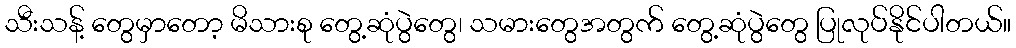
သီးသန့် တွေမှာတော့ မိသားစု တွေ့ဆုံပွဲတွေ၊ သမားတွေအတွက် တွေ့ဆုံပွဲတွေ ပြုလုပ်နိုင်ပါတယ်။